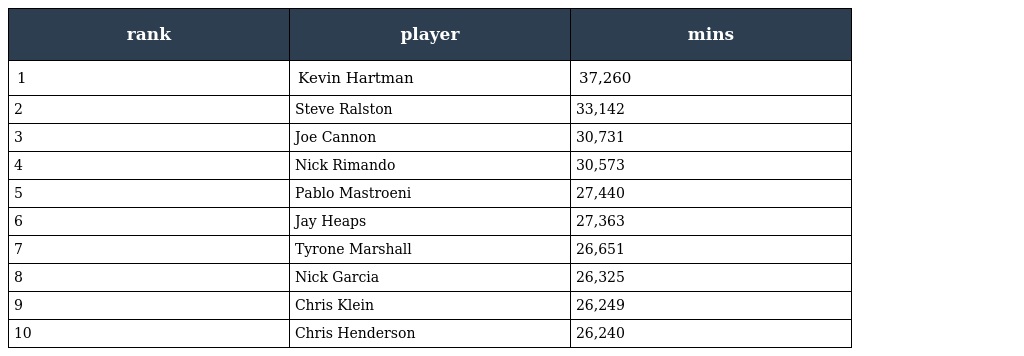
| rank | player | mins |
 | --- | --- | --- |
 | 1 | Kevin Hartman | 37,260 |
 | 2 | Steve Ralston | 33,142 |
 | 3 | Joe Cannon | 30,731 |
 | 4 | Nick Rimando | 30,573 |
 | 5 | Pablo Mastroeni | 27,440 |
 | 6 | Jay Heaps | 27,363 |
 | 7 | Tyrone Marshall | 26,651 |
 | 8 | Nick Garcia | 26,325 |
 | 9 | Chris Klein | 26,249 |
 | 10 | Chris Henderson | 26,240 |